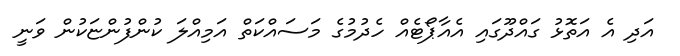
އަދި އެ އަތޮޅު ގައްދޫގައި އެއާޕޯޓެއް ހެދުމުގެ މަސައްކަތް އަމިއްލަ ކުންފުންޏަކުން ވަނީ